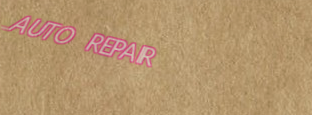
AUTO REPAIR